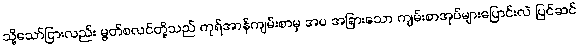
သို့သော်ငြားလည်း မွတ်စလင်တို့သည် ကုရ်အာန်ကျမ်းစာမှ အပ အခြားသော ကျမ်းစာအုပ်များပြောင်းလဲ ပြင်ဆင်